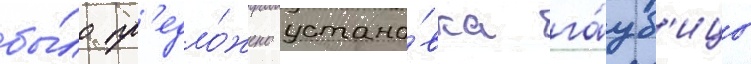
бы́ло пр'едло́жено устано́вка га́уб'ицы